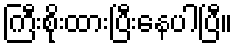
ကြီးစိုးထားပြီးနေပါပြီ။